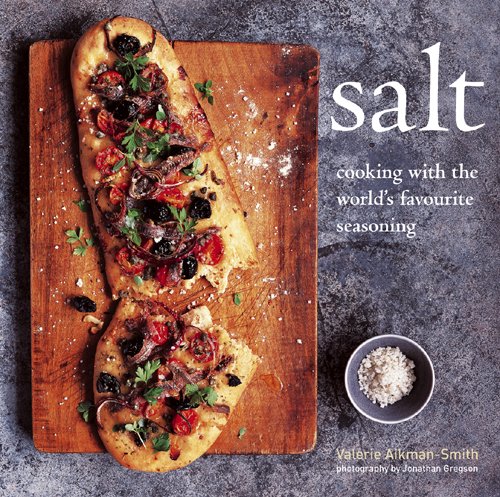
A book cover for Salt: Cooking With the World's Favorite Seasoning; Valerie Aikman-Smith; Cookbooks, Food & Wine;